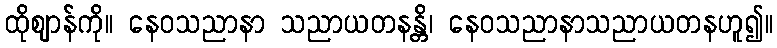
ထိုဈာန်ကို။ နေဝသညာနာ သညာယတနန္တိ၊ နေဝသညာနာသညာယတနဟူ၍။